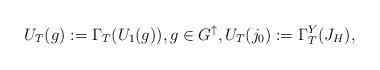
LaTeX: \begin{align*}U_T(g):=\Gamma_T(U_1(g)),g\in G^\uparrow, U_T(j_0):=\Gamma_T^Y(J_H),\end{align*}